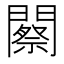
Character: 𨶫